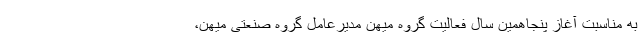
به مناسبت آغاز پنجاهمین سال فعالیت گروه میهن مدیرعامل گروه صنعتی میهن،